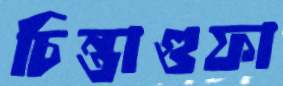
চিন্তাগুফা